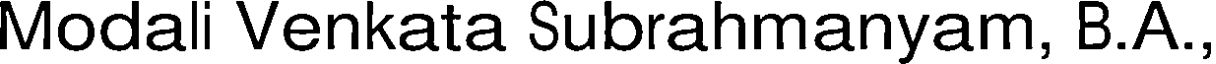
Modali Venkata Subrahmanyam, B.A.